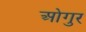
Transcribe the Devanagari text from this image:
ओगुर